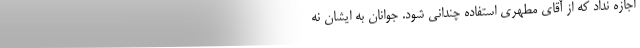
اجازه نداد که از آقای مطهری استفاده چندانی شود. جوانان به ایشان نه